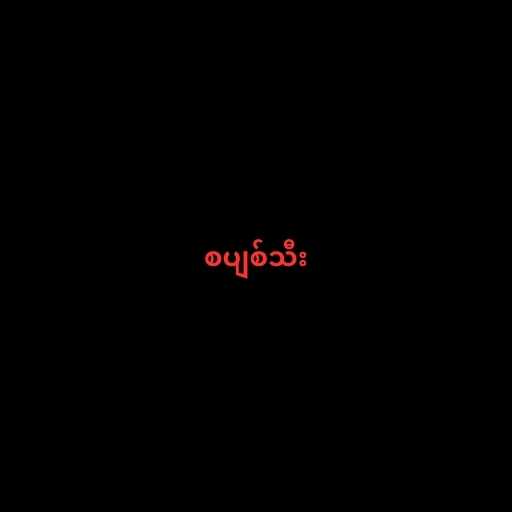
စပျစ်သီး